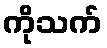
ကိုသက်